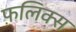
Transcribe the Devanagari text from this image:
फ़लिक्स